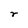
Character: r